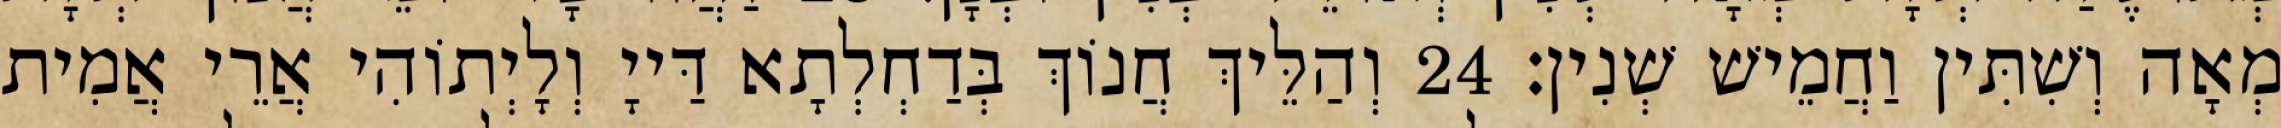
מְאָה וְשִׁתִּין וַחֲמֵישׁ שְׁנִין׃ 24 וְהַלֵּיךְ חֲנוֹךְ בְּדַחְלְתָא דַּייָ וְלָיְתוֹהִי אֲרֵי אֲמִית